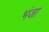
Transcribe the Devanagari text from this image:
भंजा